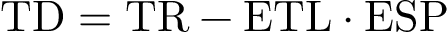
\mathrm { T D } = \mathrm { T R } - \mathrm { E T L } \cdot \mathrm { E S P }